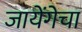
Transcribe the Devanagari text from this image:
जायेंगेचा